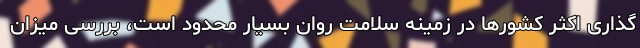
‌گذاری اکثر کشورها در زمینه سلامت روان بسیار محدود است، بررسی میزان